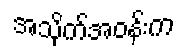
အသိုက်အဝန်းက